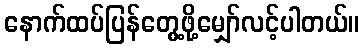
နောက်ထပ်ပြန်တွေ့ဖို့မျှော်လင့်ပါတယ်။